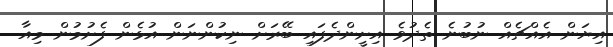
އިޔަން އެއްޗެއް ނުބުނެ ތެދުވެ އިށީންދެފައި ބޭރަށް ނިކުންނަން އުޅެން ފެށުމުން މިއާ